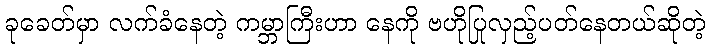
ခုခေတ်မှာ လက်ခံနေတဲ့ ကမ္ဘာကြီးဟာ နေကို ဗဟိုပြုလှည့်ပတ်နေတယ်ဆိုတဲ့